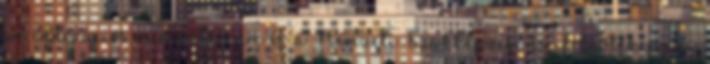
az innovációs minisztérium és a Nemzeti Szakképzési és Felnőttképzési